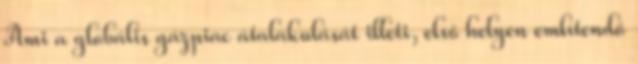
Ami a globális gázpiac átalakulását illeti, első helyen említendő